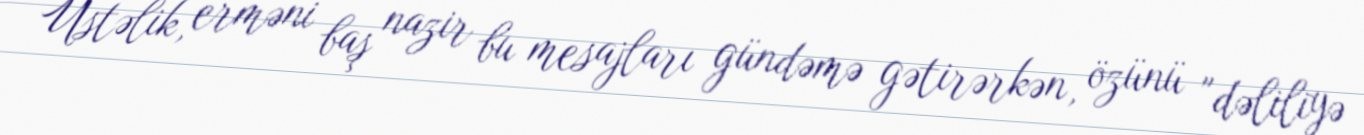
Üstəlik, erməni baş nazir bu mesajları gündəmə gətirərkən, özünü "dəliliyə